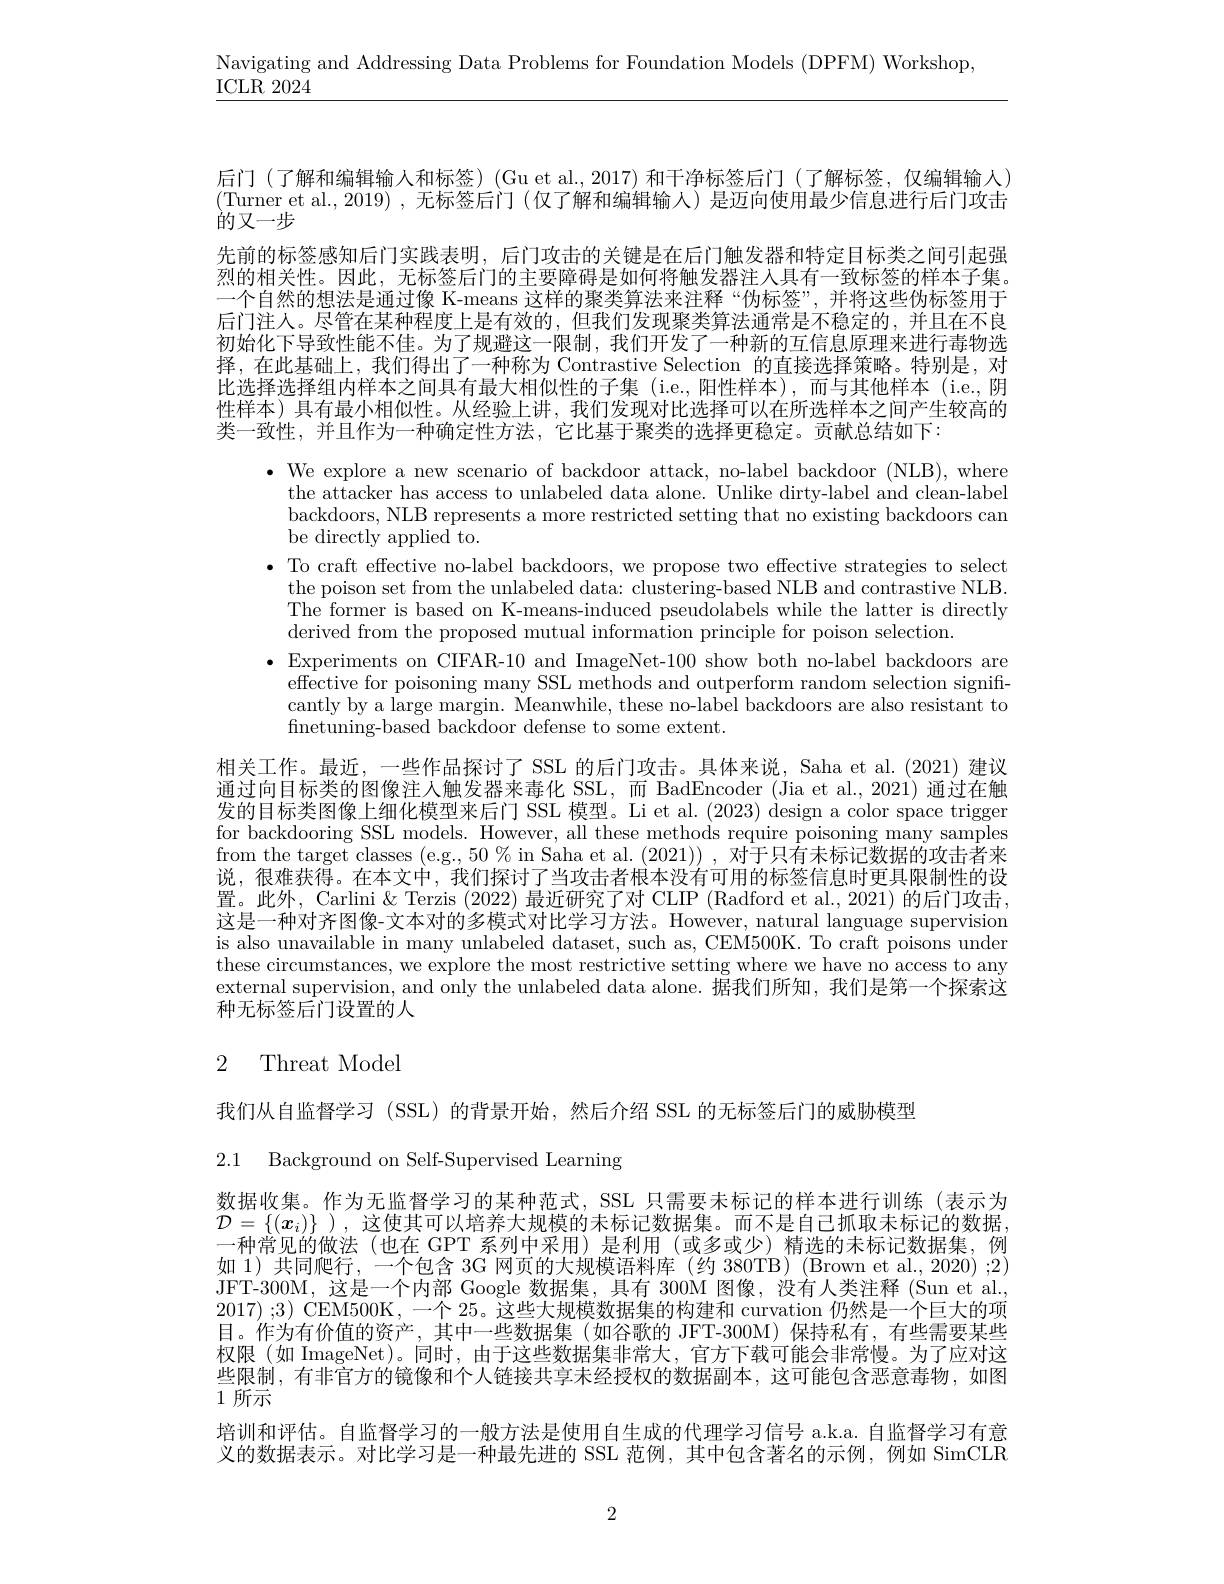
Navigating and Addressing Data Problems for Foundation Models (DPFM) Workshop,

ICLR 2024

后门(了解和编辑输人和标签)(Gu et al.,2017)和干净标签后门(了解标签，仅编辑输入) (Turner et al.,2019),无标签后门(仅了解和编辑输人)是迈向使用最少信息进行后门攻击的又一步
先前的标签感知后门实践表明，后门攻击的关键是在后门触发器和特定目标类之间引起强烈的相关性。因此，无标签后门的主要障碍是如何将触发器注人具有一致标签的样本子集。一个自然的想法是通过像 K-means 这样的聚类算法来注释“伪标签”,并将这些伪标签用于后门注人。尽管在某种程度上是有效的，但我们发现聚类算法通常是不稳定的，并且在不良初始化下导致性能不佳。为了规避这一限制，我们开发了一种新的互信息原理来进行毒物选择，在此基础上，我们得出了一种称为 Contrastive Selection 的直接选择策略。特别是，对比选择选择组内样本之间具有最大相似性的子集 (i.e.,阳性样本),而与其他样本 (i.e.,阴性样本) 具有最小相似性。从经验上讲，我们发现对比选择可以在所选样本之间产生较高的类一致性，并且作为一种确定性方法，它比基于聚类的选择更稳定。贡献总结如下：

$\bullet$ We explore a new scenario of backdoor attack, no-label backdoor (NLB), where
the attacker has access to unlabeled data alone. Unlike dirty-label and clean-label backdoors, NLB represents a more restricted setting that no existing backdoors can be directly applied to.
$\bullet$ To craft effective no-label backdoors, we propose two effective strategies to select
the poison set from the unlabeled data: clustering-based NLB and contrastive NLB The former is based on K-means-induced pseudolabels while the latter is directly derived from the proposed mutual information principle for poison selection.
$\bullet$Experiments on CIFAR-10 and ImageNet-100 show both no-label backdoors are
effective for poisoning many SSL methods and outperform random selection signiffcantly by a large margin. Meanwhile, these no-label backdoors are also resistant to finetuning-based backdoor defense to some extent.
相关工作。最近，一些作品探讨了 SSL 的后门攻击。具体来说，Saha et al.(2021) 建议通过向目标类的图像注人触发器来毒化 SSL,而 BadEncoder (Jia et al., 2021) 通过在触发的目标类图像上细化模型来后门 SSL 模型。Li et al. (2023) design a color space trigger for backdooring SSL models. However, all these methods require poisoning many samples from the target classes (e.g., 50 % in Saha et al. (2021)) , 对于只有未标记数据的攻击者来说，很难获得。在本文中，我们探讨了当攻击者根本没有可用的标签信息时更具限制性的设置。此外，Carlini & Terzis (2022) 最近研究了对 CLIP (Radford et al., 2021) 的后门攻击， 这是一种对齐图像-文本对的多模式对比学习方法。However, natural language supervision is also unavailable in many unlabeled dataset, such as, CEM500K. To craft poisons under these circumstances, we explore the most restrictive setting where we have no access to any external supervision, and only the unlabeled data alone. 据我们所知，我们是第一个探索这种无标签后门设置的人

# 2 Threat Model

我们从自监督学习 (SSL) 的背景开始，然后介绍 SSL 的无标签后门的威胁模型

2.1 Background on Self-Supervised Learning

数据收集。作为无监督学习的某种范式，SSL 只需要未标记的样本进行训练(表示为$\mathcal{D}=\left\{(x_i)\right\}$),这使其可以培养大规模的未标记数据集。而不是自己抓取未标记的数据， 一种常见的做法(也在 GPT 系列中采用)是利用(或多或少)精选的未标记数据集，例如 1)共同爬行，一个包含 3G 网页的大规模语料库 (约 380TB) (Brown et al., 2020) ;2) JFT-300M,这是一个内部 Google 数据集，具有 300M 图像，没有人类注释 (Sun et al, 2017) ;3) CEM500K, 一个 25。这些大规模数据集的构建和 curvation 仍然是一个巨大的项目。作为有价值的资产，其中一些数据集(如谷歌的 JFT-300M)保持私有，有些需要某些权限(如 ImageNet)。同时，由于这些数据集非常大，官方下载可能会非常慢。为了应对这些限制，有非官方的镜像和个人链接共享未经授权的数据副本，这可能包含恶意毒物，如图1 所示
培训和评估。自监督学习的一般方法是使用自生成的代理学习信号 a.k.a. 自监督学习有意义的数据表示。对比学习是一种最先进的 SSL 范例，其中包含著名的示例，例如 SimCLR

2